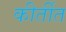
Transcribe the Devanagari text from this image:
कीर्तीत